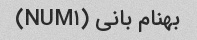
بهنام بانی (NUM۱)